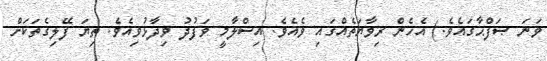
ވަނަ ޞަފްޙާގައެވެ.) އެހެން ރިވާޔަތެއްގައި ވެއެވެ. އިސްލާމީ ވަފުދު ވިދާޅުވިއެވެ. ތިޔަ ފޭލިގެތަކަށް